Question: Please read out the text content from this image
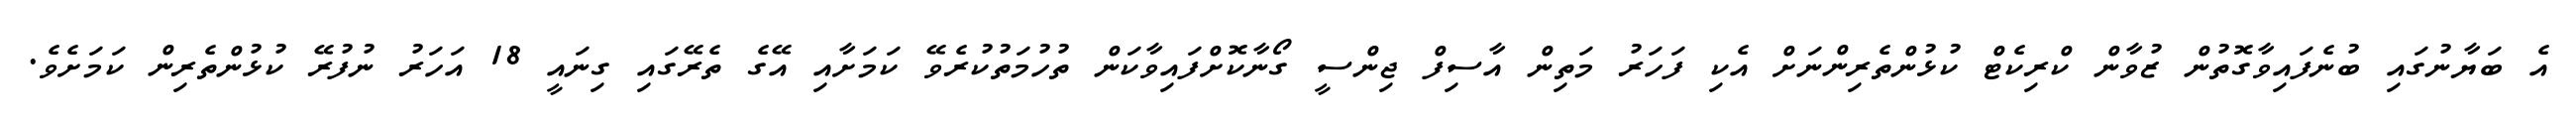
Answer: އެ ބަޔާނުގައި ބުނެފައިވާގޮތުން ޒުވާން ކްރިކެޓް ކުޅުންތެރިންނަށް އެކި ފަހަރު މަތިން އާސިފް ޖިންސީ ގޯނާކޮށްފައިވާކަން ތުހުމަތުކުރެވޭ ކަމަށާއި އޭގެ ތެރޭގައި ގިނައީ 18 އަހަރު ނުފުރޭ ކުޅުންތެރިން ކަމަށެވެ.